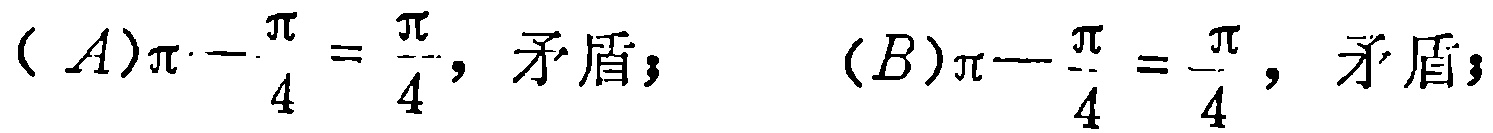
$(A)\pi - \frac{\pi}{4}=\frac{\pi}{4}, 矛盾；(B)\pi - \frac{\pi}{4}=\frac{\pi}{4}, 矛盾；$